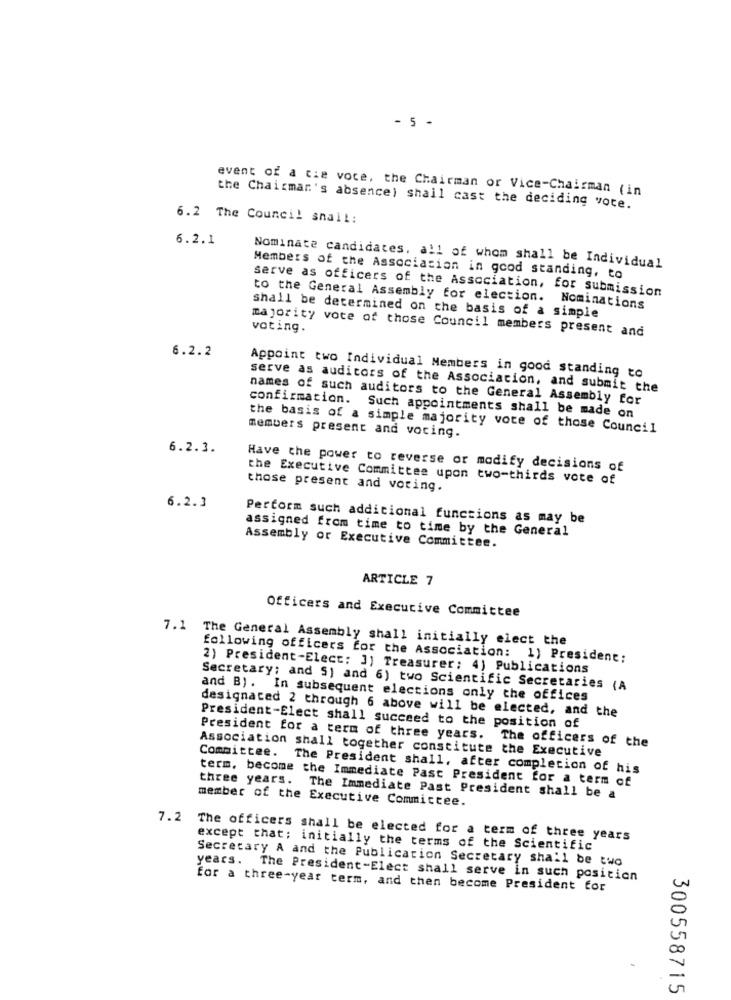
- 5 -
event of a cie voce, the Chairman or Vice-Chairman (in
the Chairman's absence) shall cast the deciding voce.
6.2 The Council smail:
6.2.1
Nominate candidates, all of whom shall be Individual
Members of the Association in good standing, to
serve as officers of the Association, for submission
to the General Assembly for election. Nominations
shall be determined on the basis of a simple
majority vote of those Council members present and
voting.
6.2.2
Appoint two Individual Members in good standing to
serve as auditors of the Association, and submit the
names of such auditors to the General Assembly for
confirmation.
Such appointments shall be made on
the basis of a simple majority vote of those Council
members present and voting.
6.2.3.
Have the power to reverse or modify decisions of
the Executive Committee upon two-thirds vote of
those present and voting.
6.2.3
Perform such additional functions as may be
assigned from time to time by the General
Assembly or Executive Committee.
ARTICLE 7
Officers and Executive Committee
7.1 The General Assembly shall initially elect the
following officers for the Association: 1) President:
2) President-Elect: 3) Treasurer; 4) Publications
Secretary; and S) and 6) two Scientific Secretaries (A
and B). In subsequent elections only the offices
designated 2 through 6 above will be elected, and the
President-Elect shall succeed to the position of
President for a term of three years. The officers of the
Association shall together constitute the Executive
Committee. The President shall, after completion of his
three years.
term, become the Immediate Past President for a term of
member of the Executive Committee.
The Immediate Past President shall be a
7.2
The officers shall be elected for a term of three years
except that; initially the terms of the Scientific
Secretary A and the Publication Secretary shall be two
years. The President-Elect shall serve in such position
for a three-year term, and then become President for
300558715